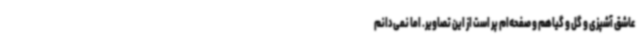
عاشق آشپزی و گل و گیاهم و صفحه‌ام پر است از این تصاویر. اما نمی‌دانم